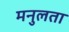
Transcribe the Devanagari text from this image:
मनुलता